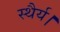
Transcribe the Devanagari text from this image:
स्थैर्य।